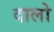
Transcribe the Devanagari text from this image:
दालो